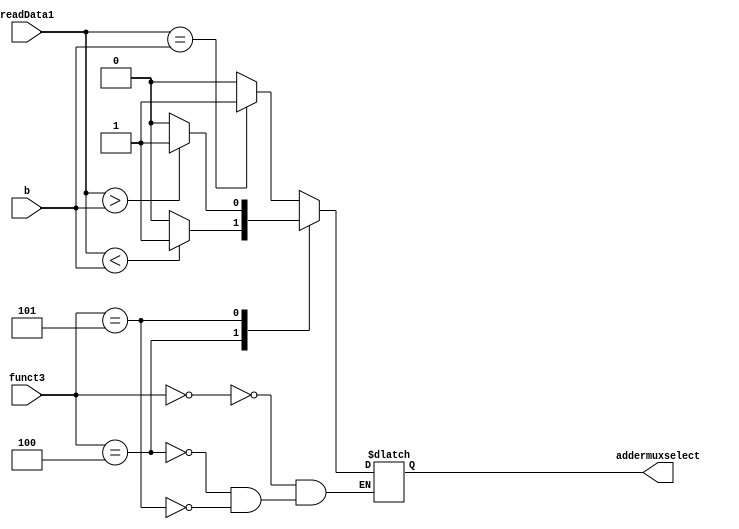
module branching_unit
  (
   input [2:0] funct3,
    input [63:0] readData1,
    input [63:0] b,
   output reg addermuxselect
  );
  
  initial
    begin
      addermuxselect = 1'b0;
    end
  
  always @(*)
	begin
      case (funct3)
        3'b000:
          begin
            if (readData1 == b)
              addermuxselect = 1'b1;
            else
              addermuxselect = 1'b0;
            end
         3'b100:
    		begin
              if (readData1 < b)
              addermuxselect = 1'b1;
            else
              addermuxselect = 1'b0;
            end
        3'b101:
          begin
            if (readData1 > b)
          	addermuxselect = 1'b1;
           else
              addermuxselect = 1'b0;
          end    
      endcase
     end
endmodule